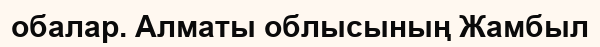
обалар. Алматы облысының Жамбыл